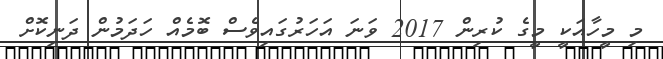
މި މީހާއަކީ މީގެ ކުރިން 2017 ވަނަ އަހަރުގައިވެސް ބޮމެއް ހަދަމުން ދަނިކޮށް